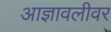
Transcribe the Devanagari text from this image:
आज्ञावलीवर